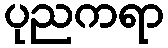
ပုညကရာ